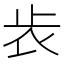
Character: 𣥏